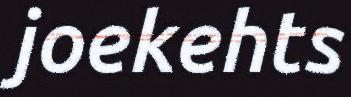
joekehts